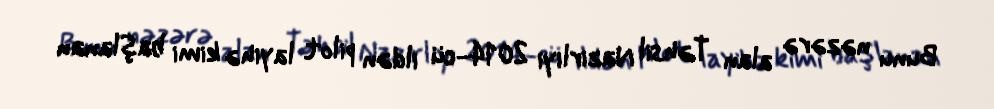
Bunu nəzərə alan Təhsil Nazirliyi 2014-cü ildən pilot layihə kimi başlanan